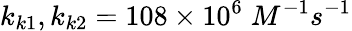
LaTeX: k_{k1},k_{k2}=108\times 10^{6}\; M^{-1}s^{-1}